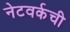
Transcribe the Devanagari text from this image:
नेटवर्कची